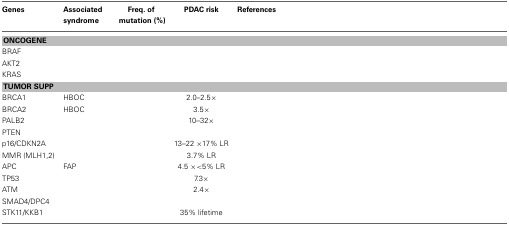
<table><thead><tr><td><b>Genes</b></td><td><b>Associated syndrome</b></td><td><b>Freq. of mutation (%)</b></td><td><b>PDAC risk</b></td><td><b>References</b></td></tr></thead><tbody><tr><td colspan="5"><b>ONCOGENE</b></td></tr><tr><td>BRAF</td><td>[EMPTY_CELL]</td><td>[EMPTY_CELL]</td><td>[EMPTY_CELL]</td><td>[EMPTY_CELL]</td></tr><tr><td>AKT2</td><td>[EMPTY_CELL]</td><td>[EMPTY_CELL]</td><td>[EMPTY_CELL]</td><td>[EMPTY_CELL]</td></tr><tr><td>KRAS</td><td>[EMPTY_CELL]</td><td>[EMPTY_CELL]</td><td>[EMPTY_CELL]</td><td>[EMPTY_CELL]</td></tr><tr><td colspan="5"><b>TUMOR SUPP</b></td></tr><tr><td>BRCA1</td><td>HBOC</td><td>[EMPTY_CELL]</td><td>2.0–2.5×</td><td>[EMPTY_CELL]</td></tr><tr><td>BRCA2</td><td>HBOC</td><td>[EMPTY_CELL]</td><td>3.5×</td><td>[EMPTY_CELL]</td></tr><tr><td>PALB2</td><td>[EMPTY_CELL]</td><td>[EMPTY_CELL]</td><td>10–32×</td><td>[EMPTY_CELL]</td></tr><tr><td>PTEN</td><td>[EMPTY_CELL]</td><td>[EMPTY_CELL]</td><td>[EMPTY_CELL]</td><td>[EMPTY_CELL]</td></tr><tr><td>p16/CDKN2A</td><td>[EMPTY_CELL]</td><td>[EMPTY_CELL]</td><td>13–22 × 17% LR</td><td>[EMPTY_CELL]</td></tr><tr><td>MMR (MLH1,2)</td><td>[EMPTY_CELL]</td><td>[EMPTY_CELL]</td><td>3.7% LR</td><td>[EMPTY_CELL]</td></tr><tr><td>APC</td><td>FAP</td><td>[EMPTY_CELL]</td><td>4.5 × &lt;5% LR</td><td>[EMPTY_CELL]</td></tr><tr><td>TP53</td><td>[EMPTY_CELL]</td><td>[EMPTY_CELL]</td><td>7.3×</td><td>[EMPTY_CELL]</td></tr><tr><td>ATM</td><td>[EMPTY_CELL]</td><td>[EMPTY_CELL]</td><td>2.4×</td><td>[EMPTY_CELL]</td></tr><tr><td>SMAD4/DPC4</td><td>[EMPTY_CELL]</td><td>[EMPTY_CELL]</td><td>[EMPTY_CELL]</td><td>[EMPTY_CELL]</td></tr><tr><td>STK11/KKB1</td><td>[EMPTY_CELL]</td><td>[EMPTY_CELL]</td><td>35% lifetime</td><td>[EMPTY_CELL]</td></tr></tbody></table>